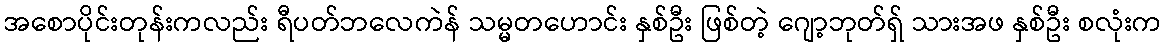
အစောပိုင်းတုန်းကလည်း ရီပတ်ဘလေကဲန် သမ္မတဟောင်း နှစ်ဦး ဖြစ်တဲ့ ဂျော့ဘုတ်ရှ် သားအဖ နှစ်ဦး စလုံးက